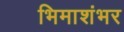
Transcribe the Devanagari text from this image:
भिमाशंभर